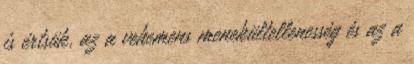
is értsük, az a vehemens menekültellenesség és az a